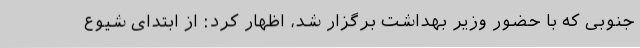
جنوبی که با حضور وزیر بهداشت برگزار شد، اظهار کرد: از ابتدای شیوع